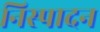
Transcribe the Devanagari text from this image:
निस्पादन